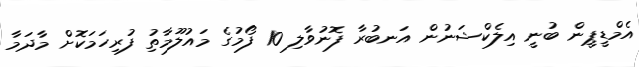
އެމްޑީޕީން ބުނީ އިލެކްޝަނުން އަނބުރާ ފޮނުވާލި 10 ފޯމުގެ މައުލޫމާތުި ފުރިހަމަކޮށް މާދަމާ